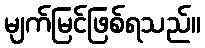
မျက်မြင်ဖြစ်ရသည်။